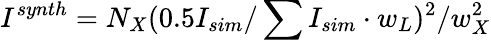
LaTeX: I^{synth}=N_{X}(0.5I_{sim}/\sum{I_{sim}}\cdot w_{L})^{2}/w_{X}^{2}